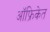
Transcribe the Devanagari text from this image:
ऑफ्रिकेत